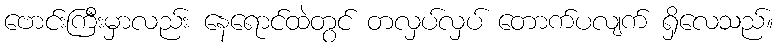
ဗောင်းကြီးမှာလည်း နေရောင်ထဲတွင် တလှပ်လှပ် တောက်ပလျက် ရှိလေသည်။